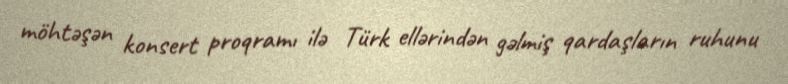
möhtəşən konsert proqramı ilə Türk ellərindən gəlmiş qardaşların ruhunu